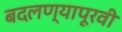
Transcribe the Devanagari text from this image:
बदलण्यापूरवी